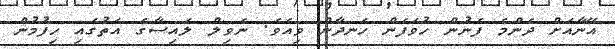
އޭނާއަށް ދެންމެ ފެނުން ހުވަފެން ހަނދާން ވިއެވެ. ނެވިލް ލައިސާގެ އަތުގައި ހިފުމުން